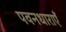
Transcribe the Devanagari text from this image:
पवनधाराएँ